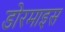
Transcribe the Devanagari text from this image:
डोरमाइस